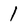
Character: 1